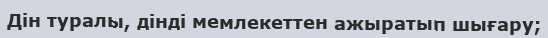
Дін туралы, дінді мемлекеттен ажыратып шығару;